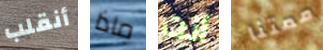
أنقلب ماذا أنت ممتنا